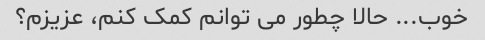
خوب... حالا چطور می توانم کمک کنم، عزیزم؟